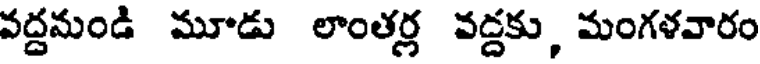
వద్దమండి మూడు లాంతర్ల వద్దకు, మంగళవారం